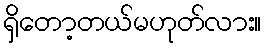
ရှိတော့တယ်မဟုတ်လား။